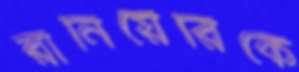
রানিয়েরিকে